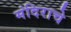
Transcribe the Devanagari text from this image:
मंदिराचे